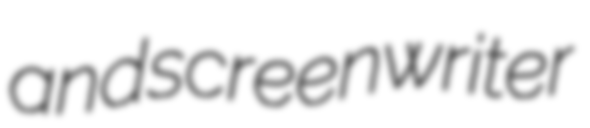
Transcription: and screenwriter